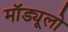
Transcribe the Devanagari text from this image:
मॉड्यूलो